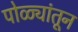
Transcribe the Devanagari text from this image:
पोळ्यांतून